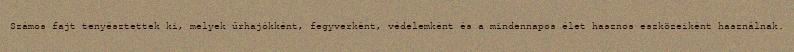
Számos fajt tenyésztettek ki, melyek űrhajókként, fegyverként, védelemként és a mindennapos élet hasznos eszközeiként használnak.